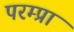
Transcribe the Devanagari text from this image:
परम्प्रा